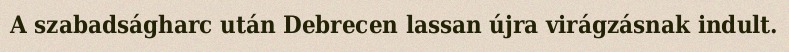
A szabadságharc után Debrecen lassan újra virágzásnak indult.